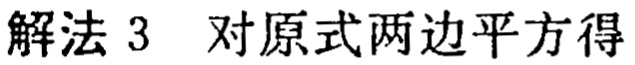
解法 3 对原式两边平方得